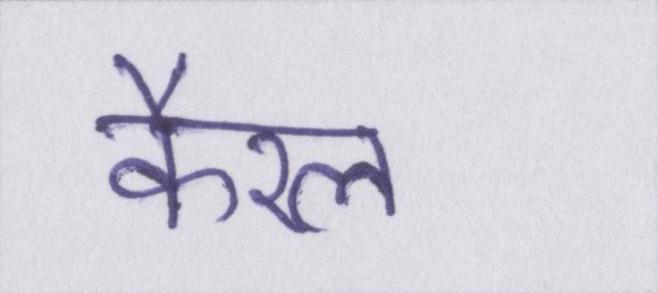
कैरल